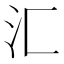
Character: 汇